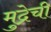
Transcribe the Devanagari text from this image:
मुद्रेची